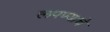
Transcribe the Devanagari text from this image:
लपण्याचे